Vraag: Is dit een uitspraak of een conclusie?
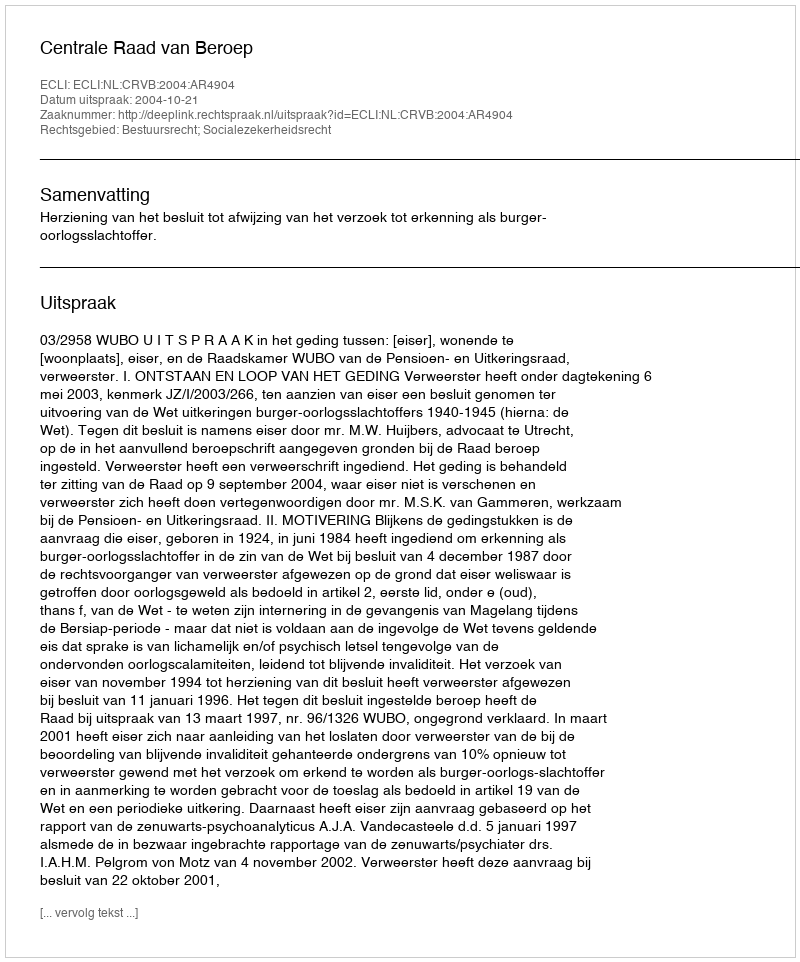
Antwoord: Uitspraak